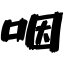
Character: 咽